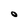
Character: 0